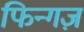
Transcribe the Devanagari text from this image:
फिन्गज़